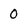
Character: 0